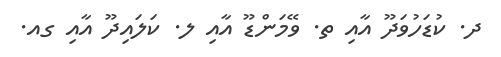
ދ. ކުޑަހުވަދޫ އާއި ތ. ވޭމަންޑޫ އާއި ލ. ކަލައިދޫ އާއި ގއ.